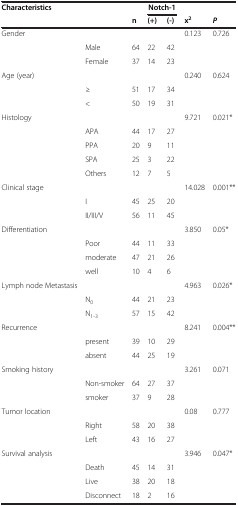
<table><thead><tr><td><b>Characteristics</b></td><td><b> </b></td><td><b> </b></td><td colspan="2"><b>Notch-1</b></td><td><b> </b></td><td><b> </b></td></tr><tr><td><b> </b></td><td><b> </b></td><td><b>n</b></td><td><b>(+)</b></td><td><b>(-)</b></td><td><b>x<sup>2</sup></b></td><td><b><i>P</i></b></td></tr></thead><tbody><tr><td>Gender</td><td> </td><td> </td><td> </td><td> </td><td>0.123</td><td>0.726</td></tr><tr><td> </td><td>Male</td><td>64</td><td>22</td><td>42</td><td> </td><td> </td></tr><tr><td> </td><td>Female</td><td>37</td><td>14</td><td>23</td><td> </td><td> </td></tr><tr><td>Age (year)</td><td> </td><td> </td><td> </td><td> </td><td>0.240</td><td>0.624</td></tr><tr><td> </td><td>≥</td><td>51</td><td>17</td><td>34</td><td> </td><td> </td></tr><tr><td> </td><td>&lt;</td><td>50</td><td>19</td><td>31</td><td> </td><td> </td></tr><tr><td>Histology</td><td> </td><td> </td><td> </td><td> </td><td>9.721</td><td>0.021*</td></tr><tr><td> </td><td>APA</td><td>44</td><td>17</td><td>27</td><td> </td><td> </td></tr><tr><td> </td><td>PPA</td><td>20</td><td>9</td><td>11</td><td> </td><td> </td></tr><tr><td> </td><td>SPA</td><td>25</td><td>3</td><td>22</td><td> </td><td> </td></tr><tr><td> </td><td>Others</td><td>12</td><td>7</td><td>5</td><td> </td><td> </td></tr><tr><td>Clinical stage</td><td> </td><td> </td><td> </td><td> </td><td>14.028</td><td>0.001**</td></tr><tr><td> </td><td>I</td><td>45</td><td>25</td><td>20</td><td> </td><td> </td></tr><tr><td> </td><td>II/III/V</td><td>56</td><td>11</td><td>45</td><td> </td><td> </td></tr><tr><td>Differentiation</td><td> </td><td> </td><td> </td><td> </td><td>3.850</td><td>0.05*</td></tr><tr><td> </td><td>Poor</td><td>44</td><td>11</td><td>33</td><td> </td><td> </td></tr><tr><td> </td><td>moderate</td><td>47</td><td>21</td><td>26</td><td> </td><td> </td></tr><tr><td> </td><td>well</td><td>10</td><td>4</td><td>6</td><td> </td><td> </td></tr><tr><td>Lymph node Metastasis</td><td> </td><td> </td><td> </td><td> </td><td>4.963</td><td>0.026*</td></tr><tr><td> </td><td>N<sub>0</sub></td><td>44</td><td>21</td><td>23</td><td> </td><td> </td></tr><tr><td> </td><td>N<sub>1-3</sub></td><td>57</td><td>15</td><td>42</td><td> </td><td> </td></tr><tr><td>Recurrence</td><td> </td><td> </td><td> </td><td> </td><td>8.241</td><td>0.004**</td></tr><tr><td> </td><td>present</td><td>39</td><td>10</td><td>29</td><td> </td><td> </td></tr><tr><td> </td><td>absent</td><td>44</td><td>25</td><td>19</td><td> </td><td> </td></tr><tr><td>Smoking history</td><td> </td><td> </td><td> </td><td> </td><td>3.261</td><td>0.071</td></tr><tr><td> </td><td>Non-smoker</td><td>64</td><td>27</td><td>37</td><td> </td><td> </td></tr><tr><td> </td><td>smoker</td><td>37</td><td>9</td><td>28</td><td> </td><td> </td></tr><tr><td>Tumor location</td><td> </td><td> </td><td> </td><td> </td><td>0.08</td><td>0.777</td></tr><tr><td> </td><td>Right</td><td>58</td><td>20</td><td>38</td><td> </td><td> </td></tr><tr><td> </td><td>Left</td><td>43</td><td>16</td><td>27</td><td> </td><td> </td></tr><tr><td>Survival analysis</td><td> </td><td> </td><td> </td><td> </td><td>3.946</td><td>0.047*</td></tr><tr><td> </td><td>Death</td><td>45</td><td>14</td><td>31</td><td> </td><td> </td></tr><tr><td> </td><td>Live</td><td>38</td><td>20</td><td>18</td><td> </td><td> </td></tr><tr><td> </td><td>Disconnect</td><td>18</td><td>2</td><td>16</td><td> </td><td> </td></tr></tbody></table>